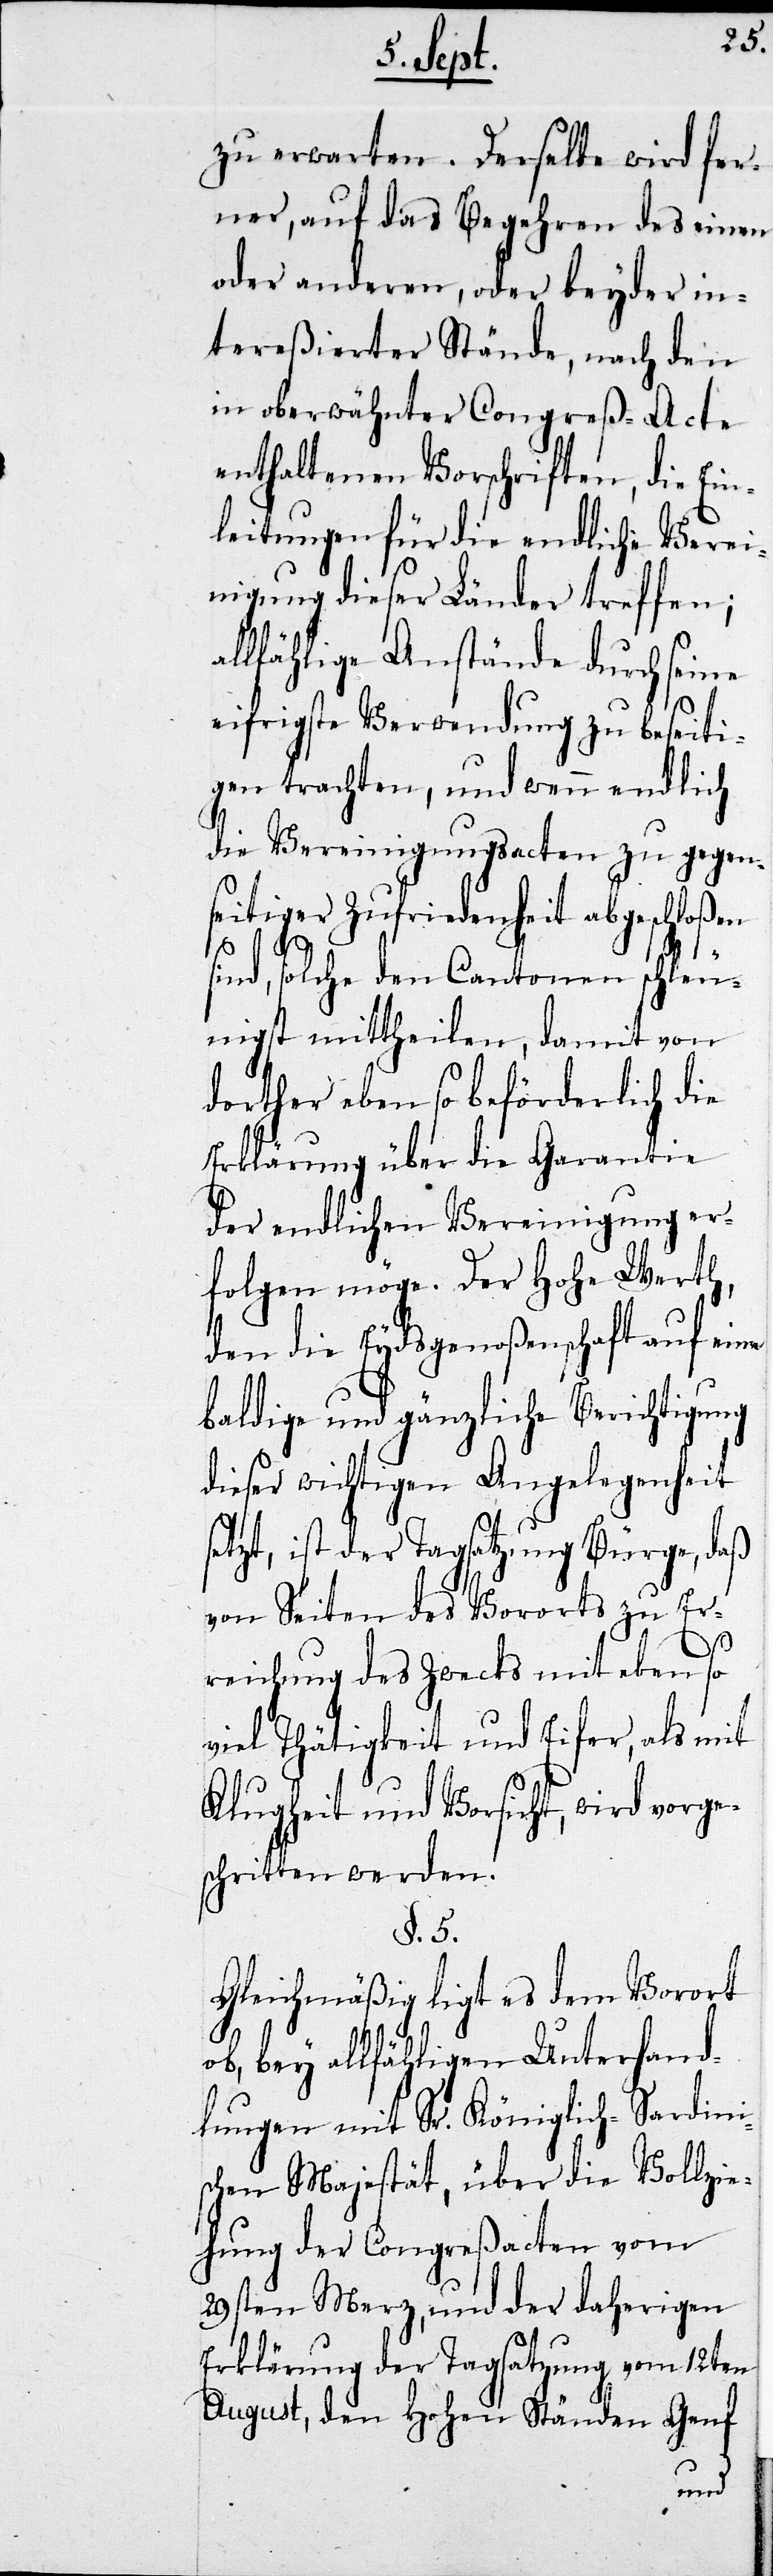
herigen
zu erwarten. Derselbe wird
ner, auf das Begehren des einen
oder anderen, oder beyder in¬
tereßierter Stände, nach den
in oberwähnter Congre¬
enthaltenen Vor¬
rd
nleitungen für die en¬
inigung dieser Länder
allfählige Anstände
eine
eifrigste Verwendung
nheit
igen trachten, und we¬
die Vereingungsact¬
gegen¬
seitiger Zufriedenheit abgeschloßen
sind, solche, den Cantonen
ig¬
nigst mittheilen, damit
dorther eben so beförderlich die
Erklärung über die Garan¬
der endlichen Vereinigung er¬
folgen möge. Der Ho¬
den die Eydsgenoß¬
baldige und gänzliche
dieser wichtigen An¬
setzt, ist der Tagsatzung
von Seiten des Voro¬
reichung des Zwecks
mit
viel Thätigkeit und
Klugheit und Vorsicht, wi¬
schritten werden.
§. 5.
Gleichmäßig liegt
ob, bey allfähigen Un¬
dlungen mit Sr. Kön¬
schen Majestät, über
hung der Congreßac¬
29sten Merz, und der da¬
Erklärung der Tagsatzung vom
ten
August, den Hohen
Genf

Er¬

daß